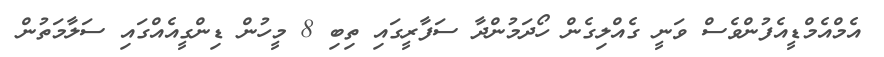
އެމްއެމްޑީއެފުންވެސް ވަނީ ގެއްލިގެން ހޯދަމުންދާ ސަފާރީގައި ތިބި 8 މީހުން ޑިންގީއެއްގައި ސަލާމަތުން